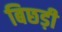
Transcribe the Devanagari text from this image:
बिछड़ी